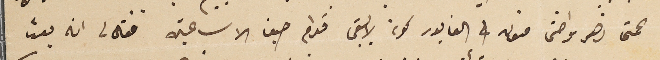
عمتى زهر واختى منون في الفابور كونه لايبقى قدام حيفا الا ساعتين فقال لى انه بعث